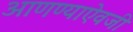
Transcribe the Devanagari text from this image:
आणण्याऐवजी